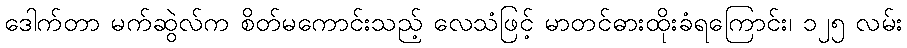
ဒေါက်တာ မက်ဆွဲလ်က စိတ်မကောင်းသည့် လေသံဖြင့် မာတင်ဓားထိုးခံရကြောင်း၊ ၁၂၅ လမ်း